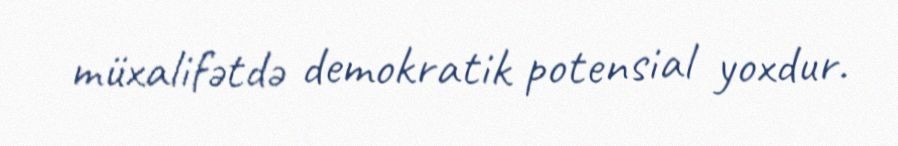
müxalifətdə demokratik potensial yoxdur.